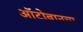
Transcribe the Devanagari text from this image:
ऑटोबानचा